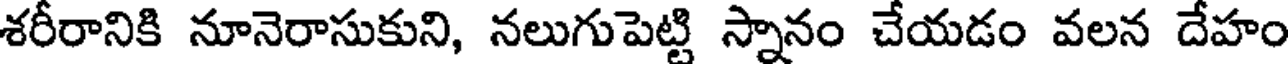
శరీరానికి నూనెరాసుకుని, నలుగుపెట్టి స్నానం చేయడం వలన దేహం